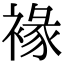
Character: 褖